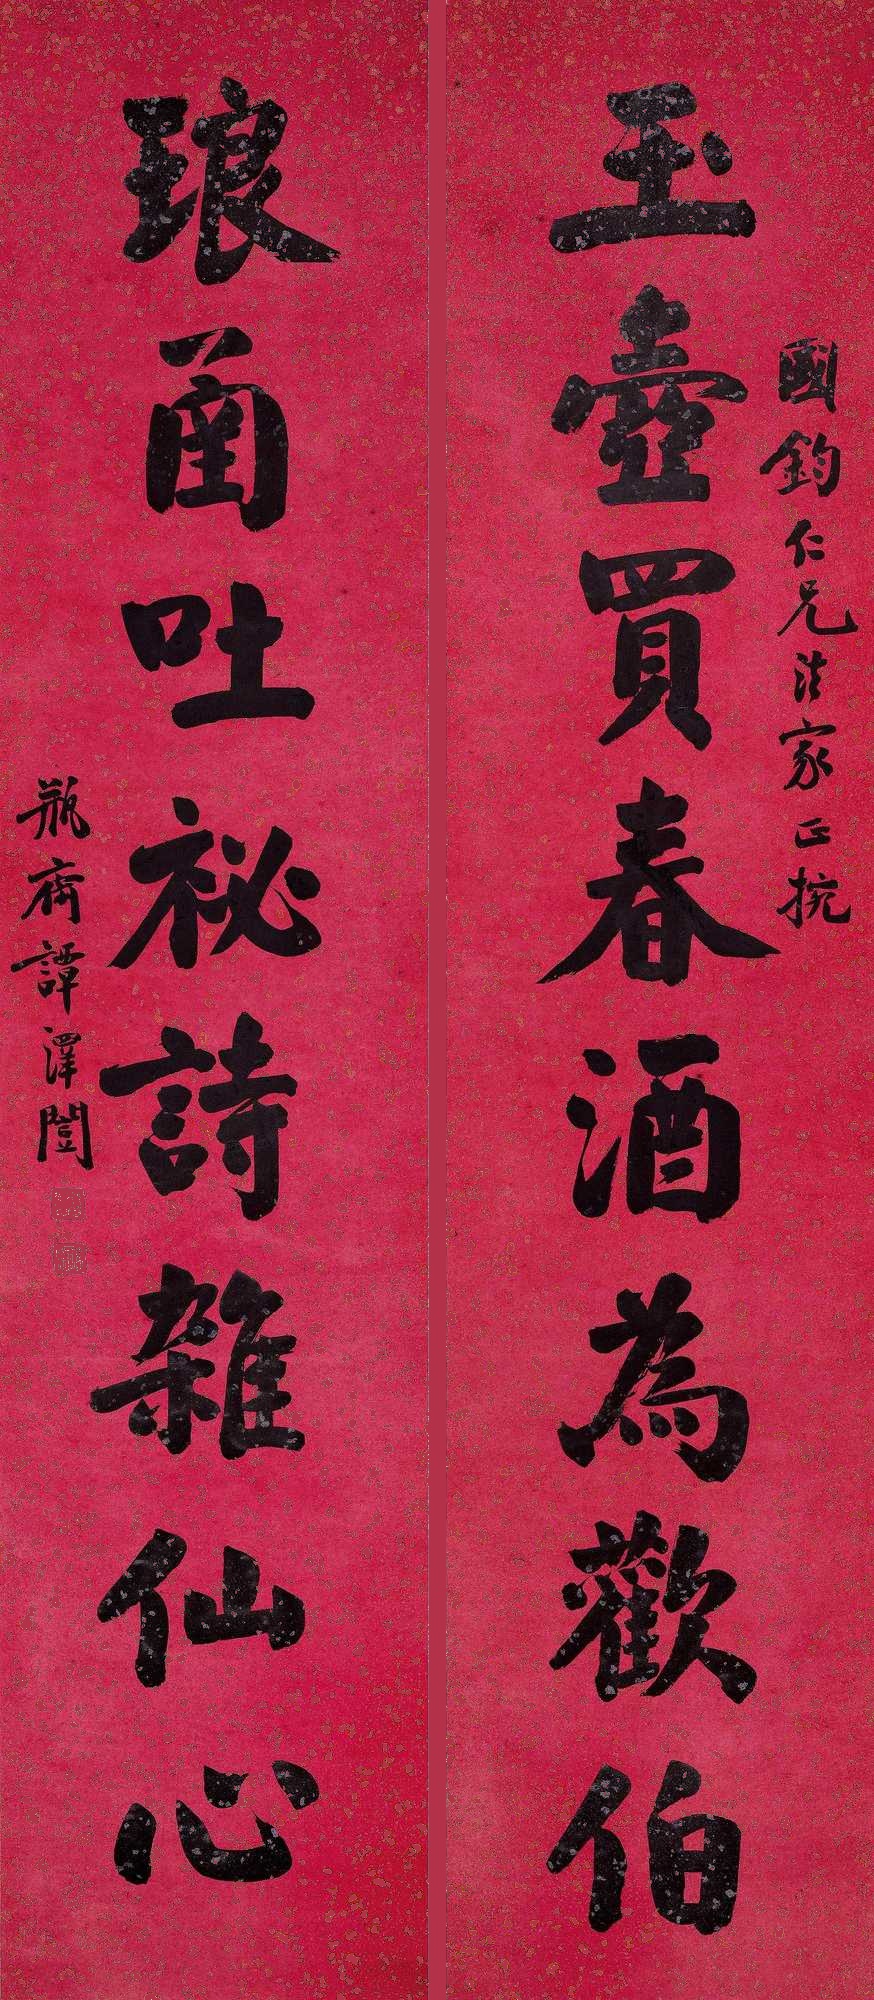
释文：玉壶买春酒为欢伯，琅函吐秘诗杂仙心。国钧仁兄法家正腕，瓶斋谭泽闿。